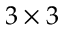
3 \times 3